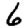
Digit: 6